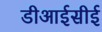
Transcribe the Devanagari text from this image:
डीआईसीई